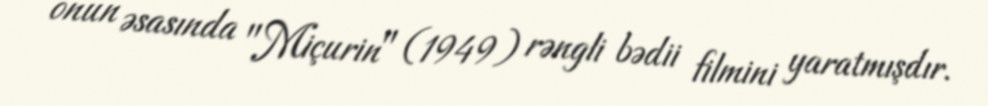
onun əsasında "Miçurin" (1949) rəngli bədii filmini yaratmışdır.